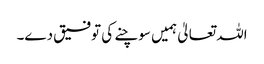
اللہ تعالیٰ ہمیں سوچنے کی توفیق دے۔